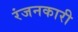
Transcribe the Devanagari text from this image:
रंजनकारी